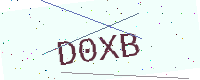
Text: D0XB